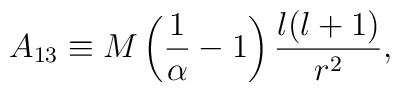
A_{13} \equiv M \left({1\over \alpha}-1 \right){l(l+1)\over r^{2}},